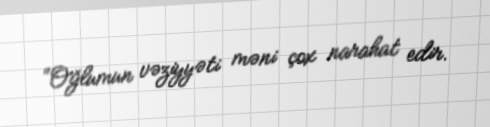
“Oğlumun vəziyyəti məni çox narahat edir.